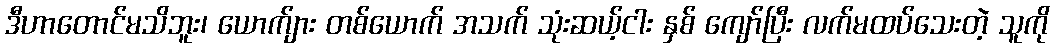
ဒီဟာတောင်မသိဘူး၊ ယောက်ျား တစ်ယောက် အသက် သုံးဆယ့်ငါး နှစ် ကျော်ပြီး လက်မထပ်သေးတဲ့ သူကို